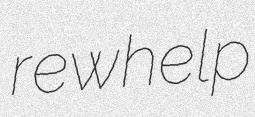
rewhelp